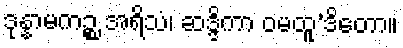
ဒုန္နာမကဉ္စ အရိသံ၊ ဆဒ္ဒိကာ ဝမထူ’ဒိတော။